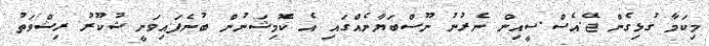
މިކަމާ ގުޅިގެން ޖޭ.އެސް.ސީއިން ނެރުނު ނޫސްބަޔާނެއްގައި އެ ކޮމިޝަނުން ބުނެފައިވަނީ ޝުކޫރު ރިޝްވަތު